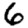
Digit: 6